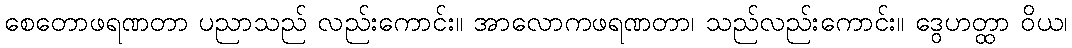
စေတောဖရဏတာ ပညာသည် လည်းကောင်း။ အာလောကဖရဏတာ၊ သည်လည်းကောင်း။ ဒွေဟတ္ထာ ဝိယ၊